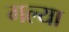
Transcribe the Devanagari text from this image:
गल्या